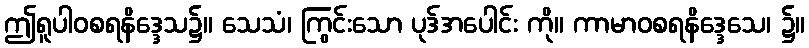
ဤရူပါဝစရနိဒ္ဒေသ၌။ သေသံ၊ ကြွင်းသော ပုဒ်အပေါင်း ကို။ ကာမာဝစရနိဒ္ဒေသေ၊ ၌။